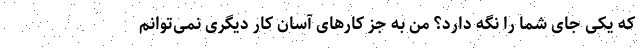
که یکی جای شما را نگه دارد؟ من به جز کارهای آسان کار دیگری نمی‌توانم